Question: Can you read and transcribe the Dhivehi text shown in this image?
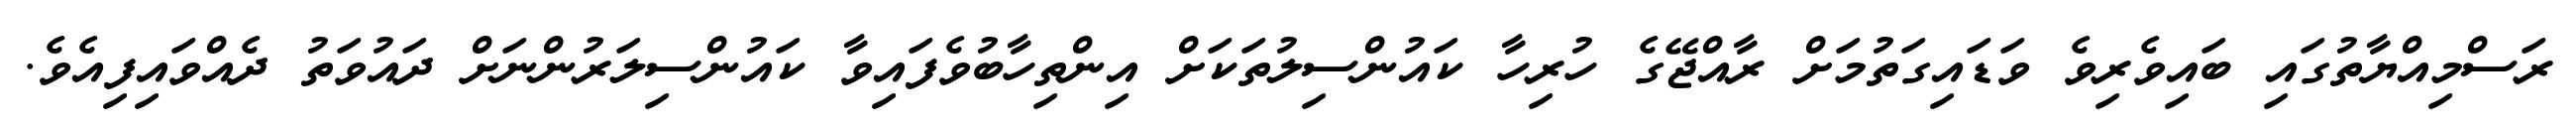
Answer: ރަސްމިއްޔާތުގައި ބައިވެރިވެ ވަޑައިގަތުމަށް ރާއްޖޭގެ ހުރިހާ ކައުންސިލުތަކަށް އިންތިހާބުވެފައިވާ ކައުންސިލަރުންނަށް ދައުވަތު ދެއްވައިފިއެވެ.